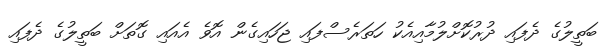
ބަތީލުގެ ދެފައި ދުރުކޮށްލުމާއިއެކު ހަތަރެސްފައި ޖަހައިގެން އޮވެ އެއައި ގޮތަށް ބަތީލުގެ ދެފައި